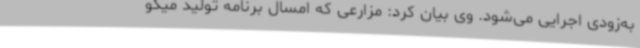
به‌زودی اجرایی می‌شود. وی بیان کرد: مزارعی که امسال برنامه تولید میگو